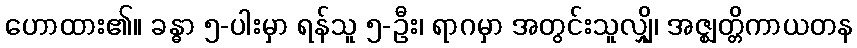
ဟောထား၏။ ခန္ဓာ ၅-ပါးမှာ ရန်သူ ၅-ဦး၊ ရာဂမှာ အတွင်းသူလျှို၊ အဇ္ဈတ္တိကာယတန